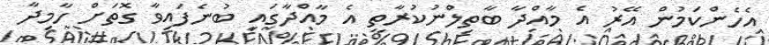
އެހެންކަމުން އޭރު އެ މާއްދާ ބާތިލްނުކުރާތީ އެ މާއްދާގައި ބުނެފައިވާ ގޮތަށް ހާމިދާ